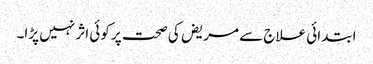
ابتدائی علاج سے مریض کی صحت پر کوئی اثر نہیں پڑا۔